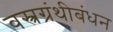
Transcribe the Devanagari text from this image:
वस्त्रग्रंथीबंधन